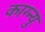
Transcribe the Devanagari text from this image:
काग्न्यु